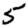
Digit: 5